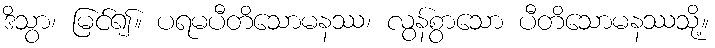
ဒိသွာ၊ မြင်၍။ ပရမပီတိသောမနဿ၊ လွန်စွာသော ပီတိသောမနဿသို့။